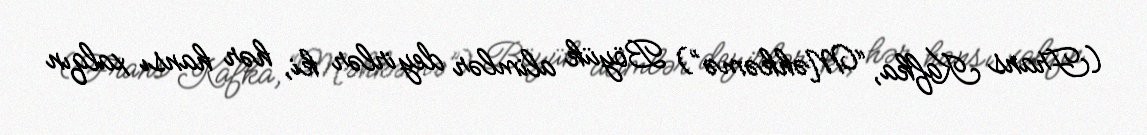
(Frans Kafka, “Məhkəmə”) Böyük alimlər deyirlər ki, hər hansı xalqın